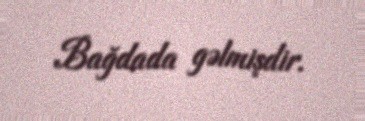
Bağdada gəlmişdir.